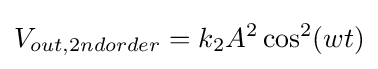
V_{out,2ndorder}=k_{2}A^{2}\cos ^{2}(wt)